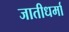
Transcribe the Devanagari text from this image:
जातीधर्मा